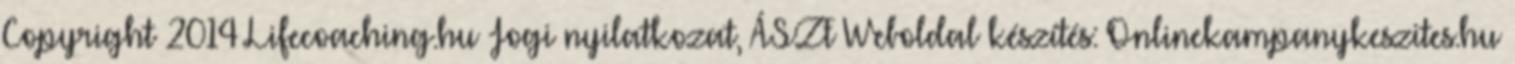
Copyright 2014 Lifecoaching.hu Jogi nyilatkozat, ÁSZF Weboldal készítés: Onlinekampanykeszites.hu